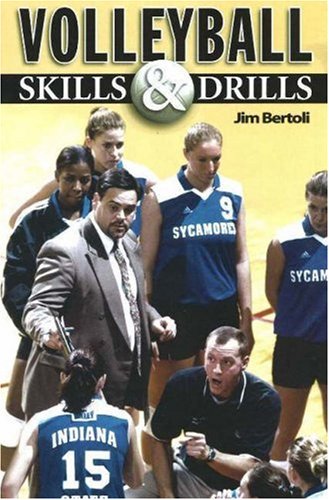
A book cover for Volleyball Skills & Drills; Jim Bertoli; Sports & Outdoors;